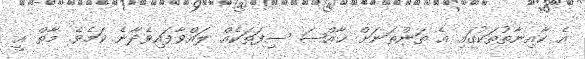
އެ ކާއިނާތުތަކުގައި އެ ތަންތަނަށް ޚާއްޞަ ސިފަތަކެއް ލައްވާފައިވެދާނެ ކަމެވެ. މާތް އީ